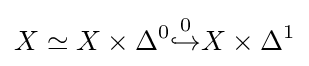
X\simeq X\times \Delta ^{0}{\overset {0}{\hookrightarrow }}X\times \Delta ^{1}